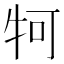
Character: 牱